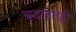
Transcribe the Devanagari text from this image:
बदलतही